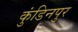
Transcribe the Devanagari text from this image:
कुंडिनपुर